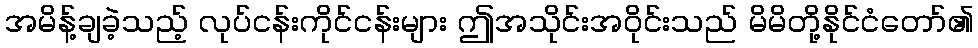
အမိန့်ချခဲ့သည့် လုပ်ငန်းကိုင်ငန်းများ ဤအသိုင်းအဝိုင်းသည် မိမိတို့နိုင်ငံတော်၏